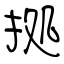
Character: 拠